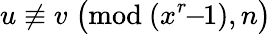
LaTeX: u\not\equiv v\; {\bigl(}{\mathrm{mod~}}(x^{r}\! \! -\! \! 1),n{\bigr)}